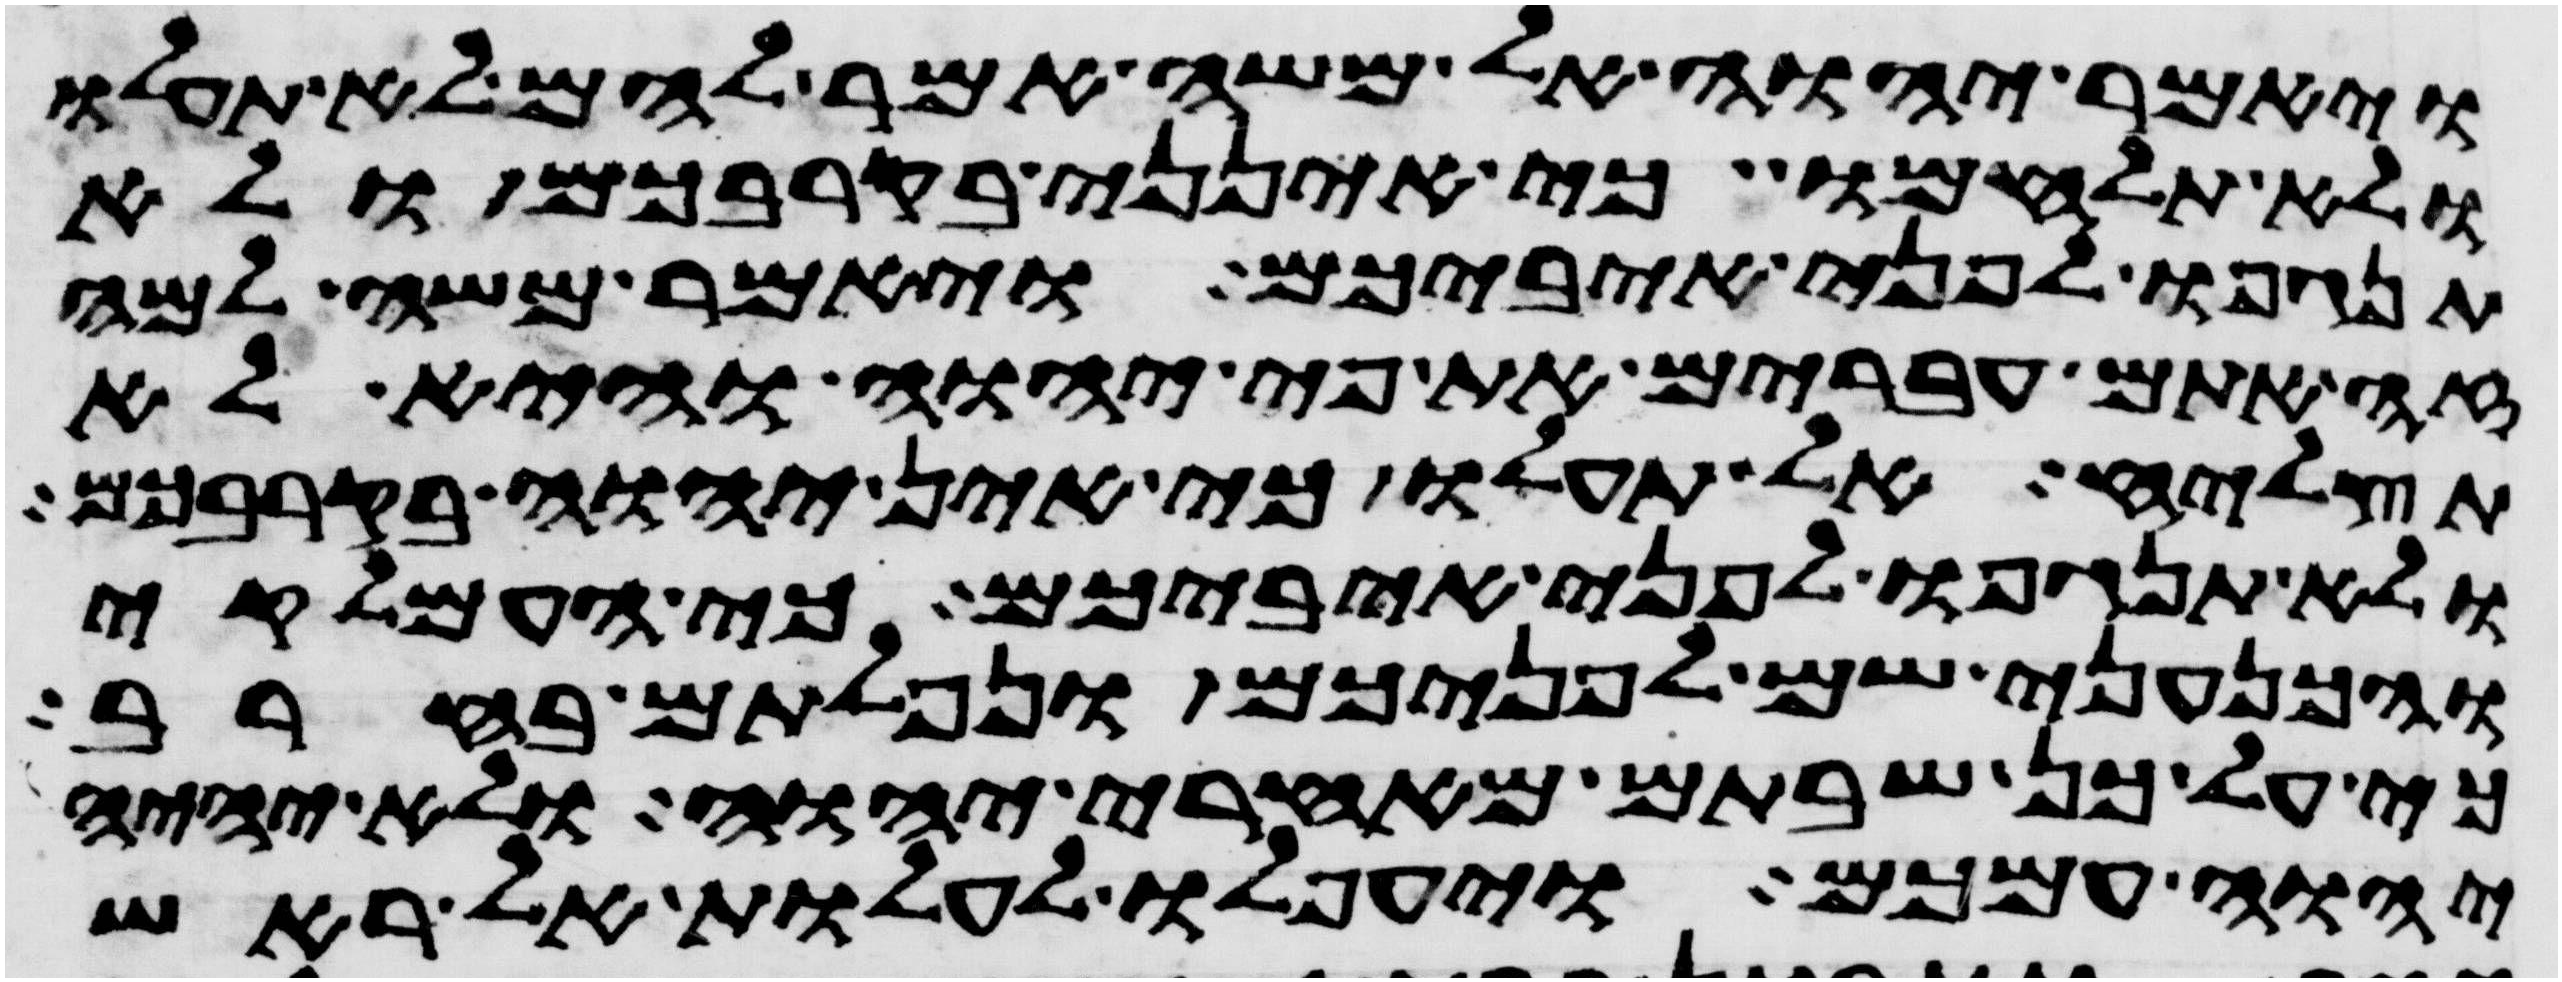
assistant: ויאמר יהוה אל משה אמר להם לא תעלו
ולא תלחמו כי אינני בקרבכם ולא
תנגפו לפני איביכם ויאמר משה למה
זה אתם עברים את פי יהוה והיא לא
תצליח אל תעלו כי אין יהוה בקרבכם
ולא תנגפו לפני איביכם כי העמלקי
והכנעני שם לפניכם ונפלתם בחרב
כי על כן שבתם מאחרי יהוה ולא יהיה
יהוה עמכם ויעפלו לעלות אל ראש